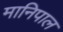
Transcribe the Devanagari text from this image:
मानिपाल